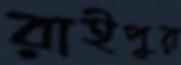
রাইপুর